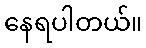
နေရပါတယ်။